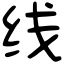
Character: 线